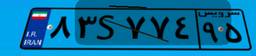
۸۳S۷۷۴۹۵